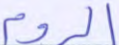
الروم